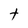
Character: t